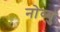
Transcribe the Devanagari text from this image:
नोव्बु